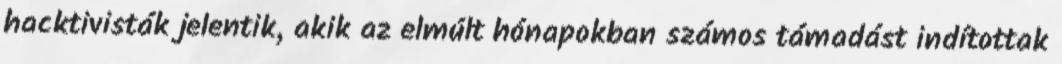
hacktivisták jelentik, akik az elmúlt hónapokban számos támadást indítottak